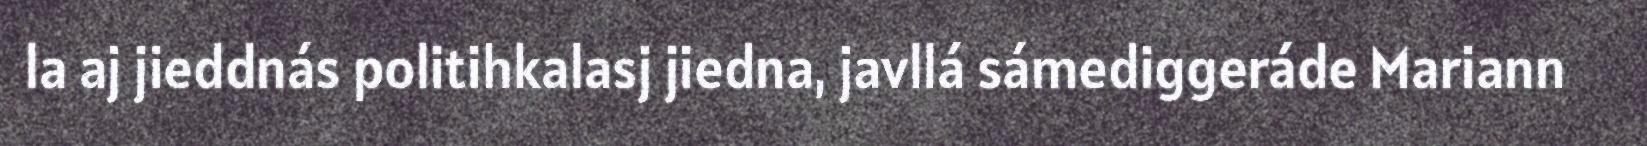
la aj jieddnás politihkalasj jiedna, javllá sámediggeráde Mariann